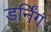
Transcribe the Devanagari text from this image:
डर्निंग